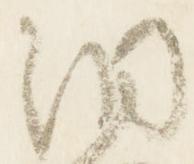
洞